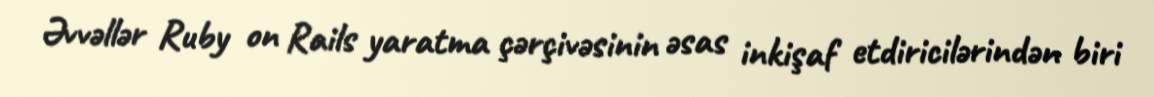
Əvvəllər Ruby on Rails yaratma çərçivəsinin əsas inkişaf etdiricilərindən biri